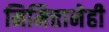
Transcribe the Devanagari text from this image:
निमित्तानेही